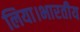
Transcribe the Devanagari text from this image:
लिया।भारतीय